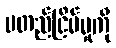
မတည်ငြိမ်မှုကို